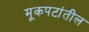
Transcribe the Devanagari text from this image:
मूकपटांतील